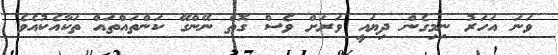
ވަނަ އަހަރު ނިމިގެން ދިޔައީ ވަރަށް ވެސް ގޮތް ނޭންގޭ ކަންތައްތައް ތަކާއެކުއެވެ